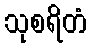
သုစရိတံ